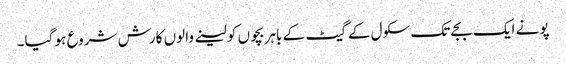
پونے ایک بجے تک سکول کے گیٹ کے باہر بچوں کو لینے والوں کا رش شروع ہو گیا۔